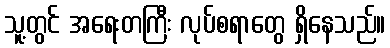
သူ့တွင် အရေးတကြီး လုပ်စရာတွေ ရှိနေသည်။